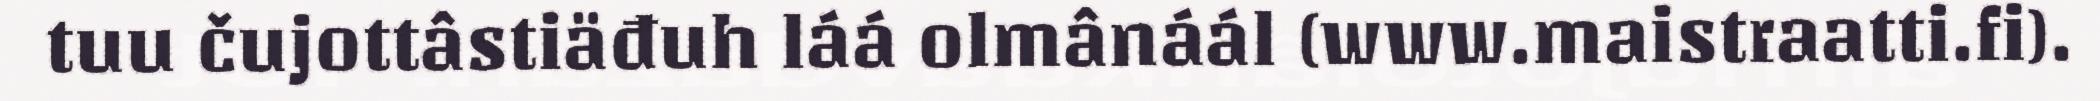
tuu čujottâstiäđuh láá olmânáál (www.maistraatti.fi).